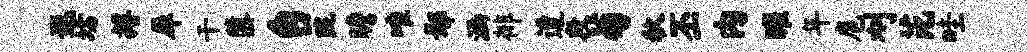
遐坊搏犀干隳台陇瞻唯鄢涵徘遭段菊秋丕内曜年扈刈芘畦